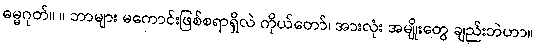
ဓမ္မဂုတ်။ ။ ဘာများ မကောင်းဖြစ်စရာရှိလဲ ကိုယ်တော်၊ အားလုံး အမျိုးတွေ ချည်းဘဲဟာ။